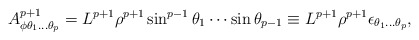
\begin{align*}A^{p+1}_{\phi\theta_1...\theta_p}=L^{p+1}\rho^{p+1}\sin^{p-1}\theta_1\cdots\sin\theta_{p-1}\equiv L^{p+1}\rho^{p+1}\epsilon_{\theta_1...\theta_p},\end{align*}